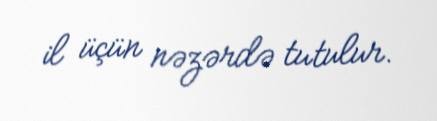
il üçün nəzərdə tutulur.